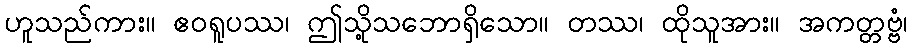
ဟူသည်ကား။ ဧဝရူပဿ၊ ဤသို့သဘောရှိသော။ တဿ၊ ထိုသူအား။ အကတ္တဗ္ဗံ၊